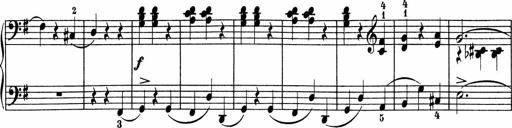
Title: 5 Sonatinen fÃ¼r die Jugend
Composer: Carl Reinecke